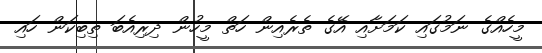
މީހެއްގެ ނަމުގައި ކަމަށާއި އޭގެ ތެރެއިން ހަތް މީހުން ދިރިއެބަ ތިބިކަން ހައި